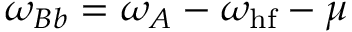
\omega _ { B b } = \omega _ { A } - \omega _ { \mathrm { h f } } - \mu